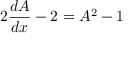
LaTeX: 2 { \frac { d A } { d x } } - 2 = A ^ { 2 } - 1